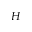
\boldsymbol { H }